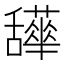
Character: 𦧹